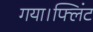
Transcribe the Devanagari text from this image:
गया।फ्लिंट